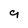
Character: 9